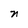
Character: n